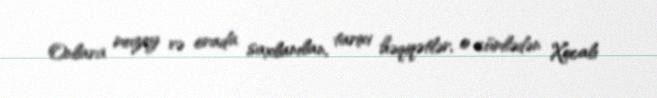
Onlara muzey və orada saxlanılan, tarixi həqiqətlər, o cümlədən Xocalı